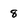
Character: 8